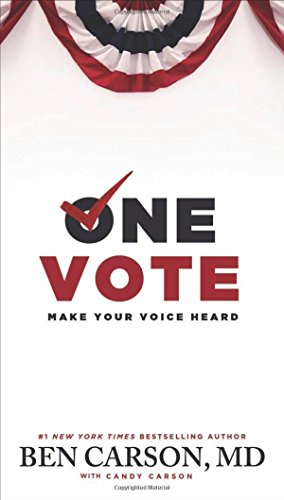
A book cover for One Vote: Make Your Voice Heard; Ben Carson; Politics & Social Sciences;